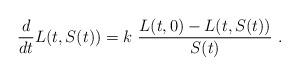
LaTeX: \begin{align*}\frac{d}{dt} L(t,S(t)) = k\ \frac{L(t,0)-L(t,S(t))}{S(t)}\ . \end{align*}